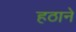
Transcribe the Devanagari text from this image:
हठाने